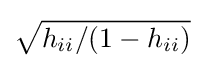
{\sqrt {h_{ii}/(1-h_{ii})}}